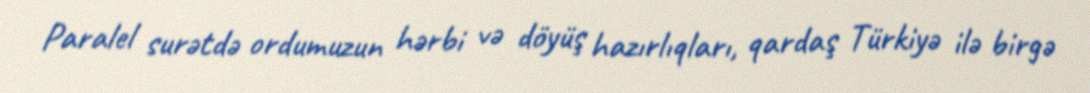
Paralel surətdə ordumuzun hərbi və döyüş hazırlıqları, qardaş Türkiyə ilə birgə